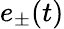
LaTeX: e_{\pm}(t)